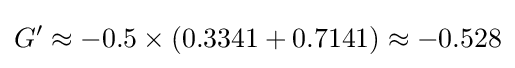
G'\approx -0.5\times (0.3341+0.7141)\approx -0.528